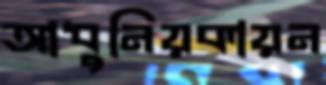
আধুনিয়কায়ন